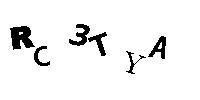
RC3TYA